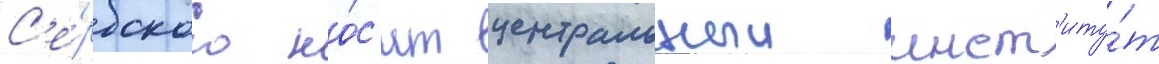
С'е́рбского но́с'ит центральныи инст'иту́т